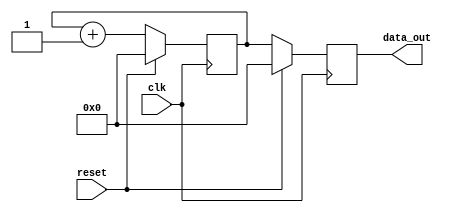
module ResetCondition (
    input wire clk,           // Clock signal
    input wire reset,         // Synchronous reset signal (active high)
    output reg [7:0] data_out // Example output data
);

// Internal state variable
reg [7:0] internal_state;

always @(posedge clk) begin
    if (reset) begin
        // Reset condition: Initialize the internal state and output
        internal_state <= 8'b0; // Set internal state to 0
        data_out <= 8'b0;        // Clear output data
    end else begin
        // Normal operation logic
        // (This is a placeholder for your operational logic)
        // For example, incrementing the internal state:
        internal_state <= internal_state + 1; 
        data_out <= internal_state; // Example output assignment
    end
end

endmodule